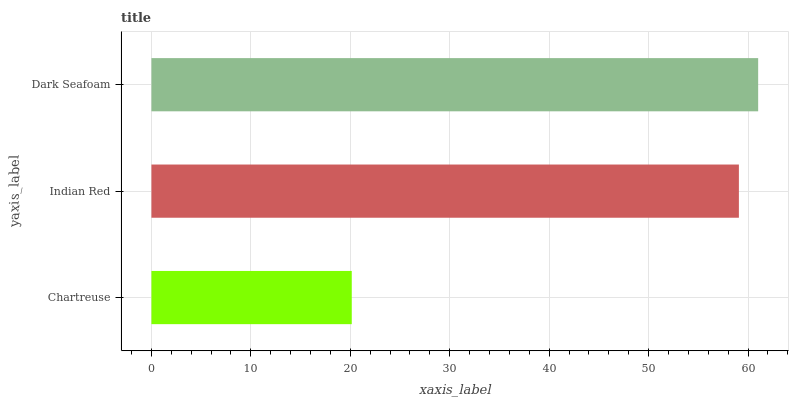
| yaxis_label | bars |
 | --- | --- |
 | Chartreuse | 20.1 |
 | Indian Red | 59.1 |
 | Dark Seafoam | 61 |